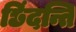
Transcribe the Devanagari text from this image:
छिंदन्ति